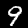
Label: 9